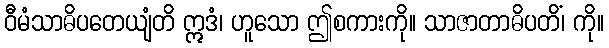
ဝီမံသာဓိပတေယျံတိ ဣဒံ၊ ဟူသော ဤစကားကို။ သာဇာတာဓိပတိံ၊ ကို။